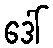
ဒေါ်